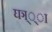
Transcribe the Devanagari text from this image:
घञ््‌ा